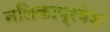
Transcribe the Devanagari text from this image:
नलिकाप्रवेश